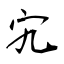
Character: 宄